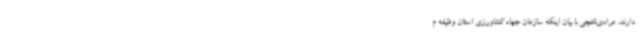
دارند. مرادی‌نافچی با بیان اینکه سازمان جهادکشاورزی استان وظیفه م